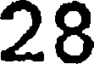
28